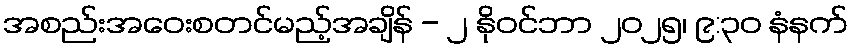
အစည်းအဝေးစတင်မည့်အချိန် - ၂ နိုဝင်ဘာ ၂၀၂၅၊ ၉:၃၀ နံနက်